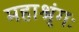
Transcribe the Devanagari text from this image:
महाश्रृंगः